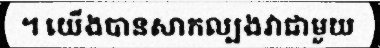
។ យើងបានសាកល្បងវាជាមួយ